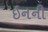
ઇનની